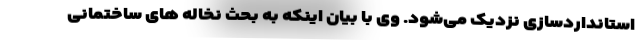
استانداردسازی نزدیک می‌شود. وی با بیان اینکه به بحث نخاله های ساختمانی